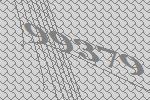
99379